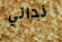
ندائي